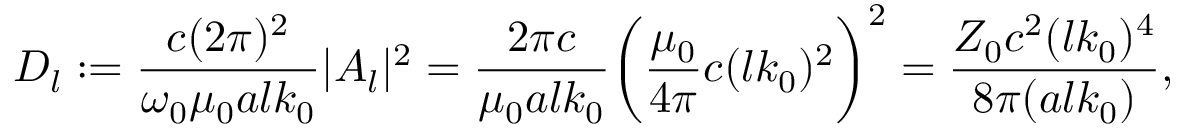
D _ { l } : = \frac { c ( 2 \pi ) ^ { 2 } } { \omega _ { 0 } \mu _ { 0 } a l k _ { 0 } } | A _ { l } | ^ { 2 } = \frac { 2 \pi c } { \mu _ { 0 } a l k _ { 0 } } \bigg ( \frac { \mu _ { 0 } } { 4 \pi } c ( l k _ { 0 } ) ^ { 2 } \bigg ) ^ { 2 } = \frac { Z _ { 0 } c ^ { 2 } ( l k _ { 0 } ) ^ { 4 } } { 8 \pi ( a l k _ { 0 } ) } ,